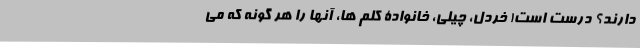
دارند؟ درست است! خردل، چیلی، خانوادۀ کلم ها، آنها را هر گونه که می